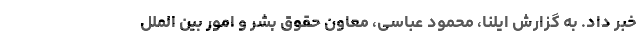
خبر داد. به گزارش ایلنا، محمود عباسی، معاون حقوق بشر و امور بین الملل